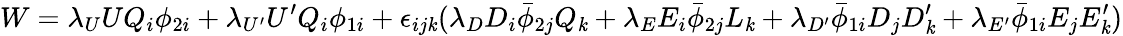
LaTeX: W=\lambda_{U}UQ_{i}\phi_{2i}+\lambda_{U^{\prime}}U^{\prime}Q_{i}\phi_{1i}+\epsilon_{ij\mathit{k}}(\lambda_{D}D_{i}\bar{{\phi}}_{2j}Q_{\mathit{k}}+\lambda_{E}E_{i}\bar{{\phi}}_{2j}L_{\mathit{k}}+\lambda_{D^{\prime}}\bar{{\phi}}_{1i}D_{j}D_{\mathit{k}}^{\prime}+\lambda_{E^{\prime}}\bar{{\phi}}_{1i}E_{j}E_{\mathit{k}}^{\prime})